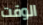
الوقت